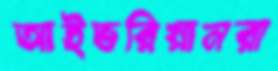
আইভরিয়ানরা